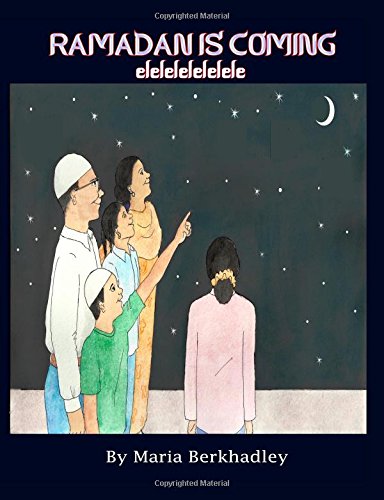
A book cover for Ramadan Is Coming: elelelelelele; Maria Berkhadley; Teen & Young Adult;